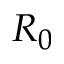
R _ { 0 }